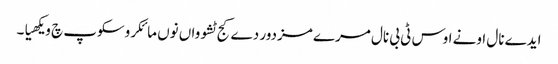
ایدے نال اونے اوس ٹی بی نال مرے مزدور دے کج ٹشوواں نوں مائکروسکوپ چ ویکھیا۔